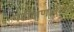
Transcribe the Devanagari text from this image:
परीक्षणावेळेत